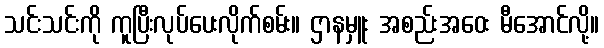
သင်းသင်းကို ကူပြီးလုပ်ပေးလိုက်စမ်း။ ဌာနမှူး အစည်းအဝေး မီအောင်လို့။